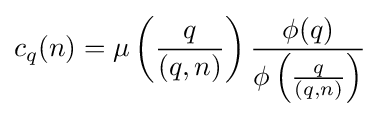
c_{q}(n)=\mu \left({\frac {q}{(q,n)}}\right){\frac {\phi (q)}{\phi \left({\frac {q}{(q,n)}}\right)}}